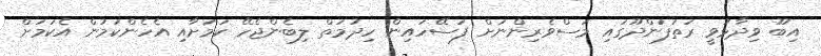
އިބޫ ވިދާޅުވީ ރަތަފަންދޫގައި މަސްވެރިންނަށް ފަސޭހައިން ހިދުމަތް ލިބެންޖެހޭ ކަމަށާއި އެހެންކަމުން އެކަމަށް